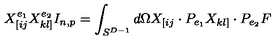
X _ { [ i j } ^ { e _ { 1 } } X _ { k l ] } ^ { e _ { 2 } } I _ { n , p } = \int _ { S ^ { D - 1 } } d \Omega X _ { [ i j } \cdot P _ { e _ { 1 } } X _ { k l ] } \cdot P _ { e _ { 2 } } F